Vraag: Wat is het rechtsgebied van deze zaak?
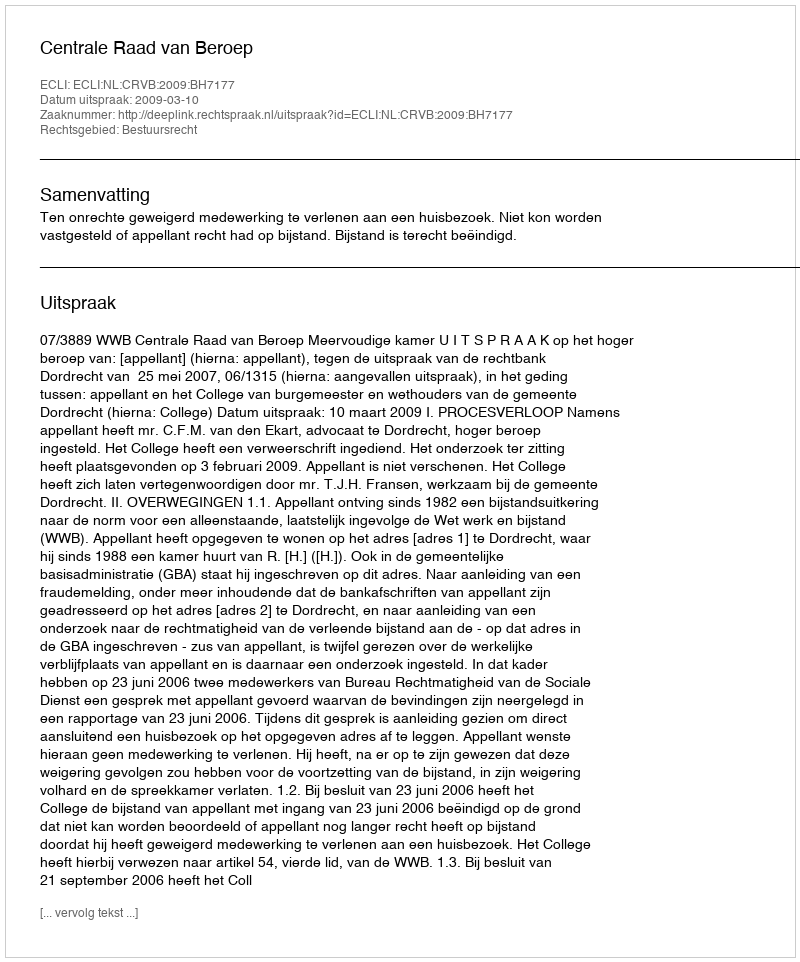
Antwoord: Bestuursrecht